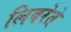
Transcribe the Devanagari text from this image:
लिबरेते